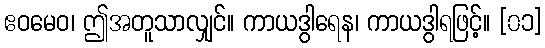
ဧဝမေဝ၊ ဤအတူသာလျှင်။ ကာယဒွါရေန၊ ကာယဒွါရဖြင့်။ [၀၁]